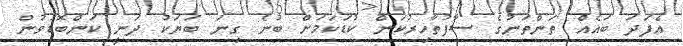
އެފަދަ ބައެއް ތަންތަނުގެ ސާފުތާހިރުކަން ކުޑަކަމަށް ބުނެ ގިނަ ބަޔަކު ދަނީ ކަންބޮޑުވުން